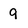
Character: 9